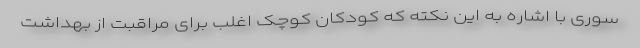
سوری با اشاره به این نکته که کودکان کوچک اغلب برای مراقبت از بهداشت